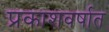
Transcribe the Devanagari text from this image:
प्रकाशवर्षात